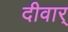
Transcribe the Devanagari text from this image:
दीवार्